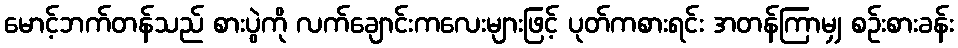
မောင့်ဘက်တန်သည် စားပွဲကို လက်ချောင်းကလေးများဖြင့် ပုတ်ကစားရင်း အတန်ကြာမျှ စဉ်းစားခန်း